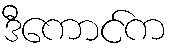
ဒီကောင်က